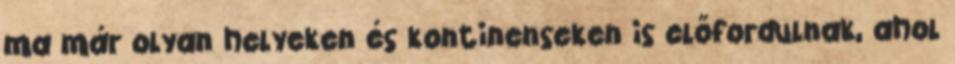
ma már olyan helyeken és kontinenseken is előfordulnak, ahol